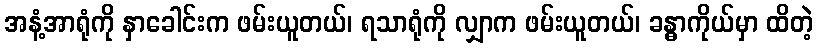
အနံ့အာရုံကို နှာခေါင်းက ဖမ်းယူတယ်၊ ရသာရုံကို လျှာက ဖမ်းယူတယ်၊ ခန္ဓာကိုယ်မှာ ထိတဲ့